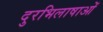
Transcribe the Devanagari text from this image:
दुरभिलाषाओं